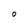
Character: O